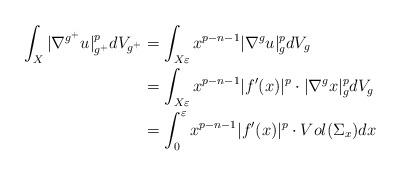
LaTeX: \begin{align*}\begin{aligned}\int_X|\nabla^{g^+} u|_{g^+}^pdV_{g^+}&=\int_{X\varepsilon}x^{p-n-1}|\nabla^gu|_g^pdV_g\\&=\int_{X\varepsilon}x^{p-n-1}|f'(x)|^p\cdot|\nabla^gx|_g^pdV_g\\&=\int_0^\varepsilon x^{p-n-1}|f'(x)|^p\cdot Vol(\Sigma_x)dx\end{aligned}\end{align*}